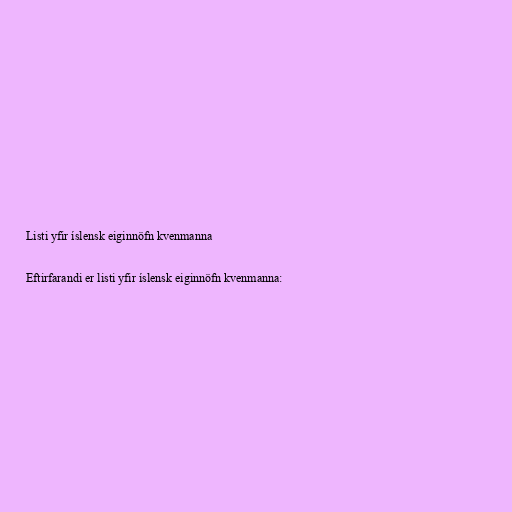
Listi yfir íslensk eiginnöfn kvenmanna

Eftirfarandi er listi yfir íslensk eiginnöfn kvenmanna: